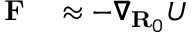
\begin{array} { r l } { \mathbf { F } } & { { } \approx - \pmb { \nabla } _ { \mathbf { R } _ { 0 } } U } \end{array}